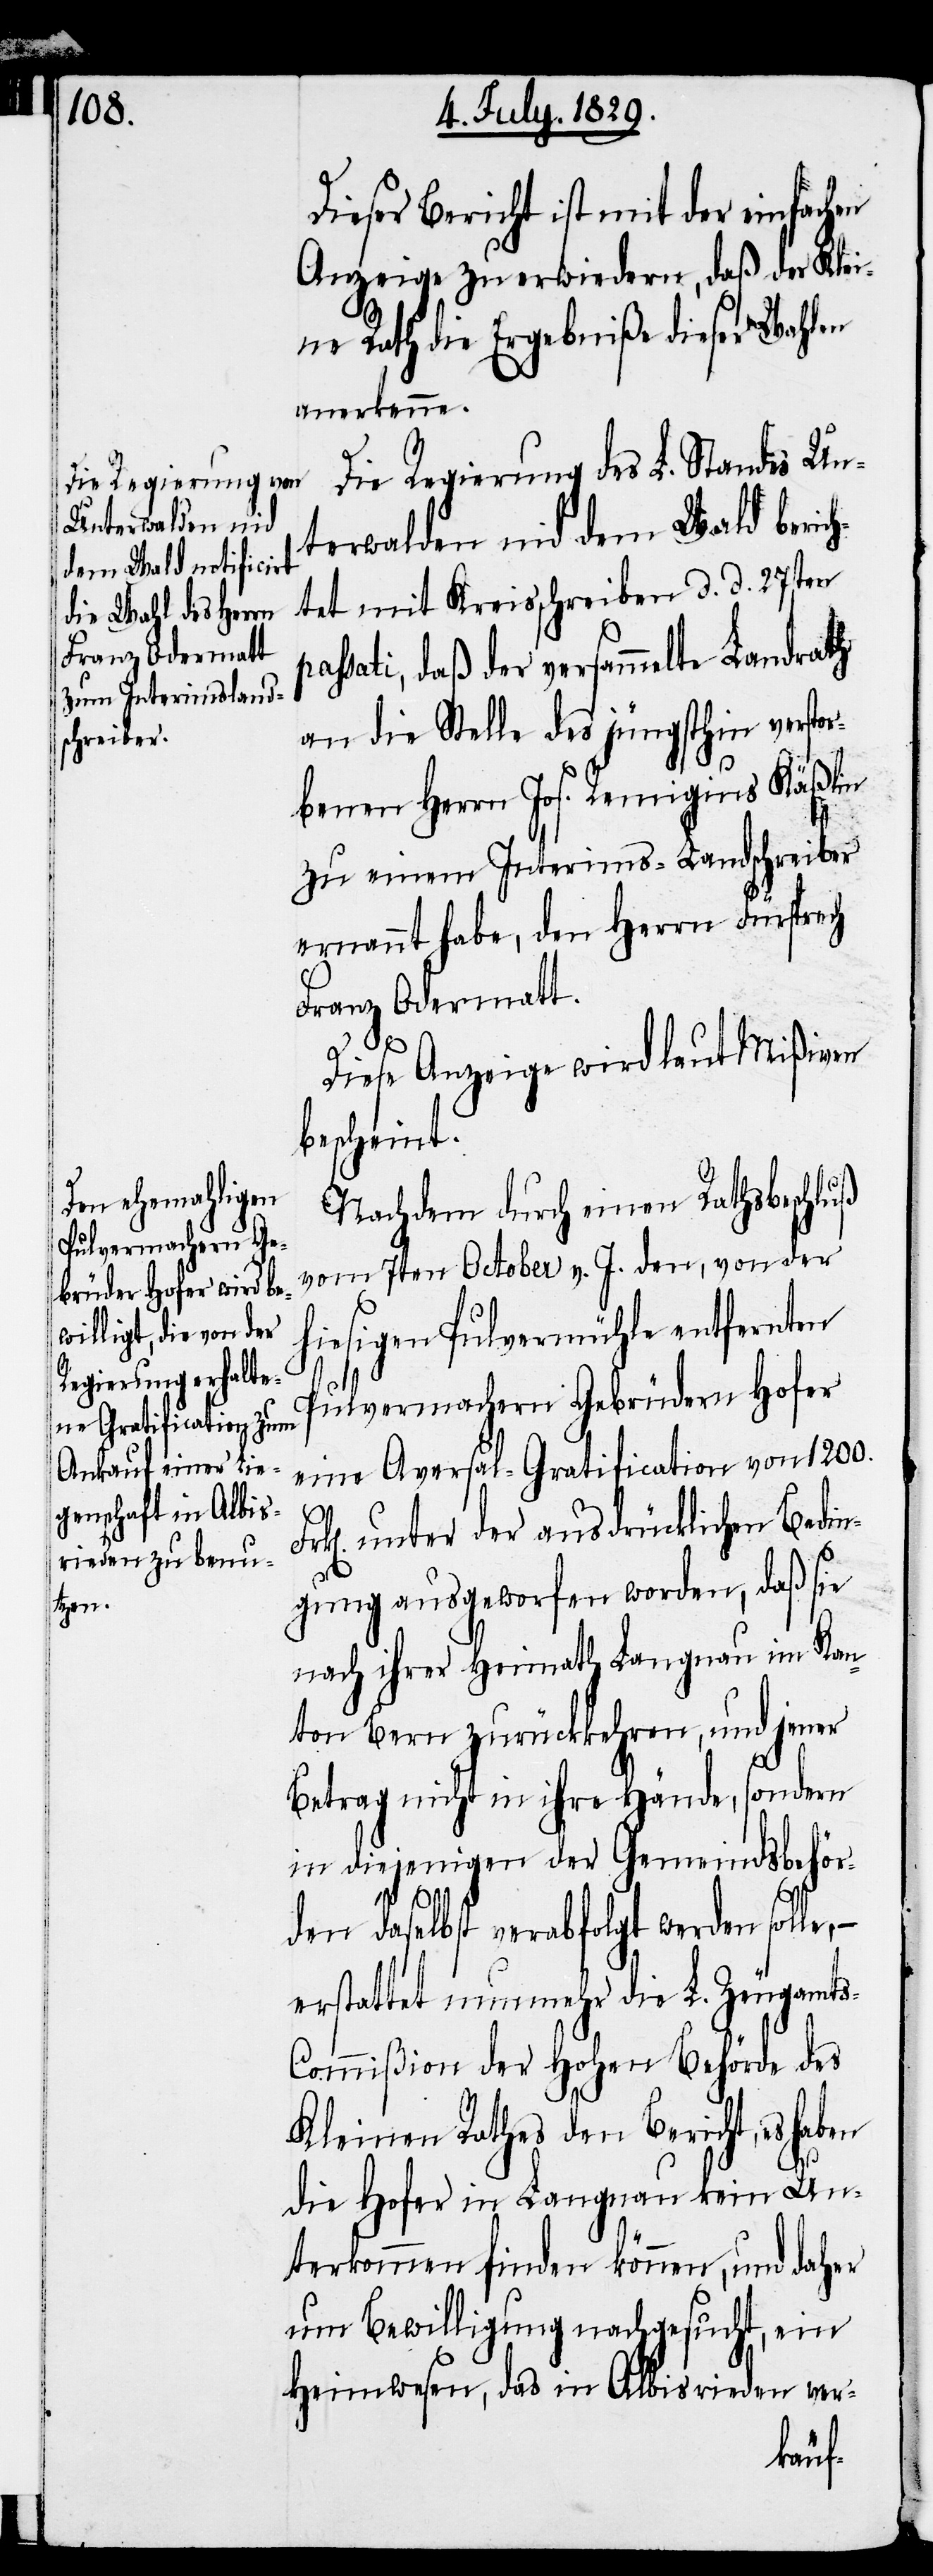
Dieser Bericht ist mit der einfachen
Anzeige zu erwiedern, daß der Klei¬
ne Rath die Ergebniße dieser Wahlen
anerkenne.
Die Regierung des L. Standes Un¬
terwalden nid dem Wald beric¬
htet mit Kreisschreiben d. d. 27sten
passati, daß der versammelte Landrath
an die Stelle des jüngsthin versto¬
rbenen Herrn Jos. Remigius Käßlin
zu einem Interims-Landschreiber
ernannt habe, den Herrn Fürsprech
Franz Odermatt.
Diese Anzeige wird laut Mißiven
bescheint.
Nachdem durch einen Rathsbeschluß
vom 7ten October v. J. den, von der
hiesigen Pulvermühle entfernten
Pulvermachern Gebrüder Hofer
eine Aversal-Gratification von 1200.
k[en]. unter der ausdrücklichen Bedin¬
gung ausgeworfen worden, daß sie
nach ihrer Heimath Langnau im Kan¬
ton Bern zurückkehren, und jener
Betrag nicht in ihre Hände, sondern
in diejenigen der Gemeindsbehör¬
den daselbst verabfolgt werden solle,–
erstattet nunmehr die L. Zeugamts-C¬
ommißion der Hohen Behörde des
Kleinen Rathes den Bericht, es
Fr¬
die Hofer in Langnau kein Un¬
terkommen finden können, und daher
um Bewilligung nachgesucht, ein
Heimwesen, das in Albisrieden ver-